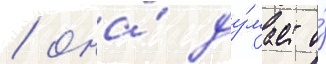
/ она́ ду́мает о́